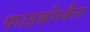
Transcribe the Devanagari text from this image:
फाइब्रोस्कैन